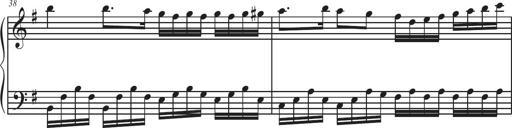
Title: Sonatina Espania
Composer: Jerald Franklin Archer
Key: Various